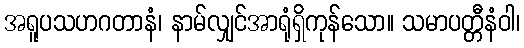
အရူပသဟဂတာနံ၊ နာမ်လျှင်အာရုံရှိကုန်သော။ သမာပတ္တီနံဝါ၊